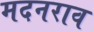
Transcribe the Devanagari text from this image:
मदनराव